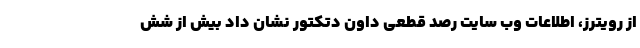
از رویترز، اطلاعات وب سایت رصد قطعی داون دتکتور نشان داد بیش از شش